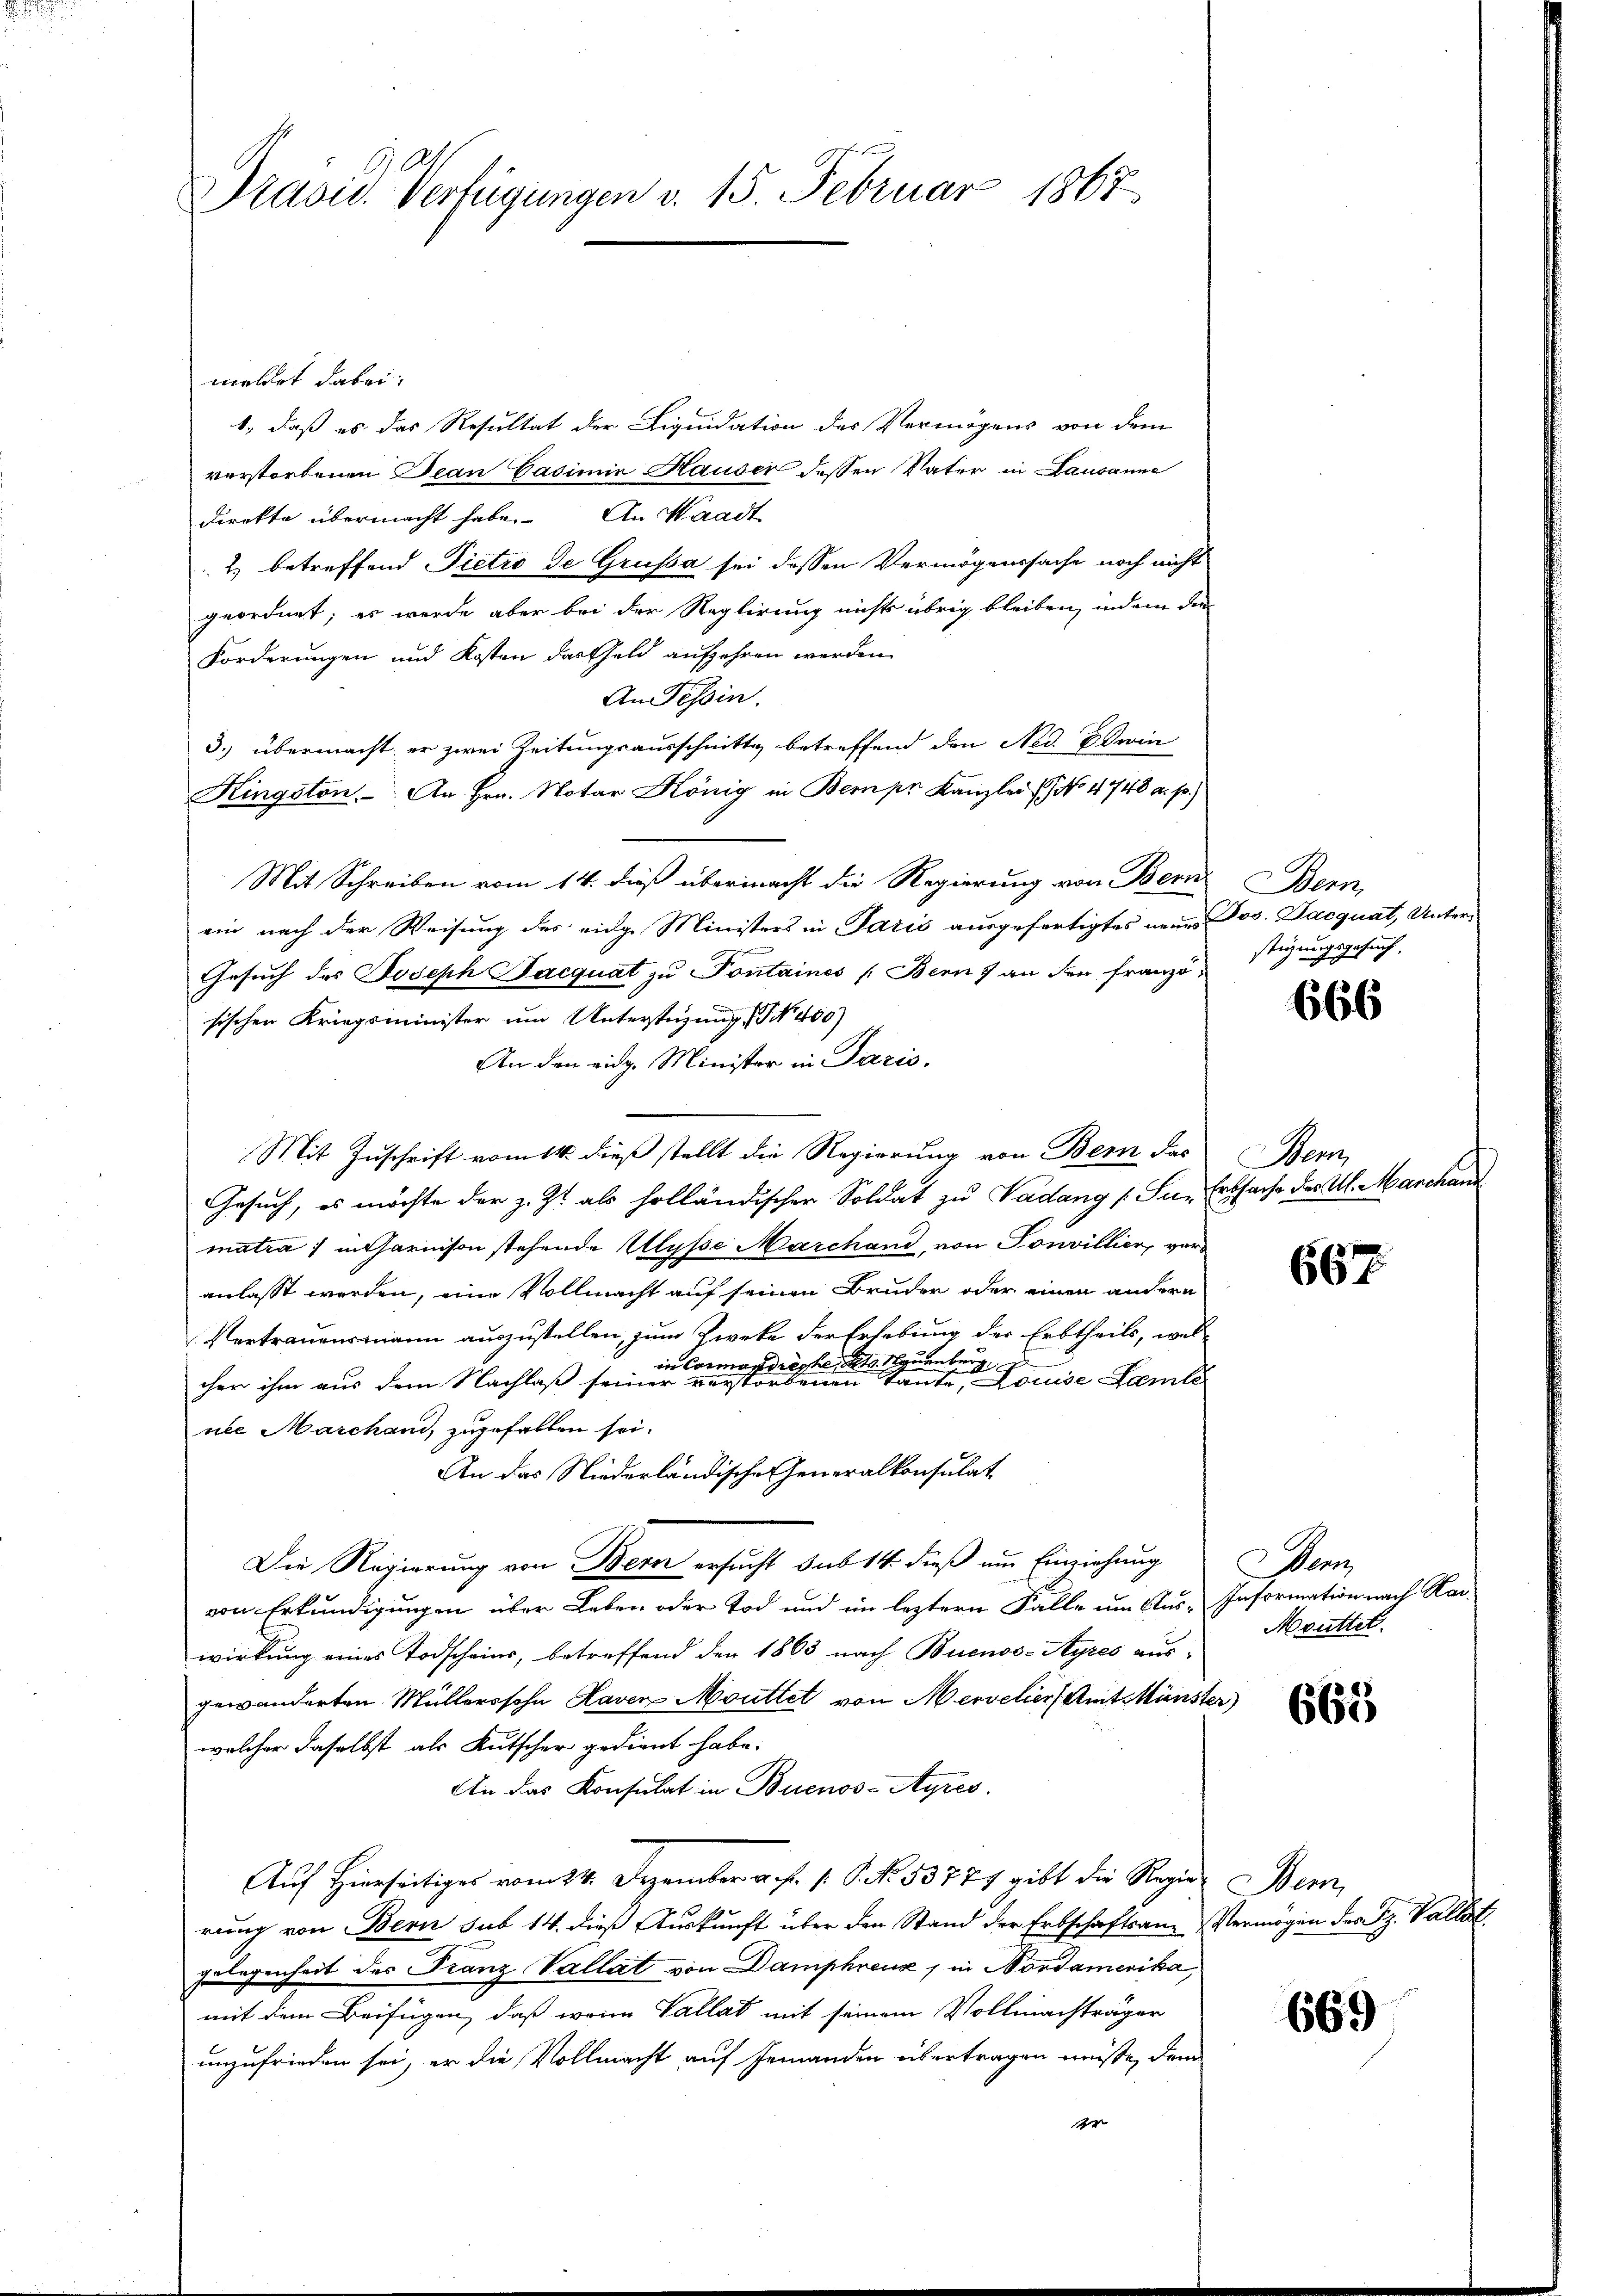
Präsid. Verfügungen v. 15. Februar 1867

meldet dabei:
1., daß es das Resultat der Liquidation des Vermögens von dem
verstorbenen Jean Casimir Hauser dessen Vater in Lausanne
Direkte übermacht habe. An Waadt
2.) betreffend Pietro de Grussa sei dessen Vermögenssache noch nicht
geordnet; es werde aber bei der Reglirung nichts übrig bleiben, indem dar
Forderungen und Kosten das Geld aufzehren werden
An Tessin.
3.) übermacht, er zwei Zeitungsausschnittg betreffend den Ned. Edwin
Kingston. An Hrn. Notar König in Bern pr. Kanzlei No 4748 a. p.)
Mit Schreiben vom 14. dieß übermacht die Regierung von Bern
ein nach der Weisung des eidge Ministers in Paris ausgefertigtes neuen Jos. Jacquat, Unter¬
Gesuch des Joseph Jacquat zu Pontaines (Bern & an den französischen Kriegsminister um Unterstüzung Nr. 460)
An den eidg. Minister in Paris.
Mit Zuschrift vom 14. dieß stellt die Regierung von Bern das Bern,
Gesuch, es möchte der z. Zt. als holländischen Soldat zu Vadung (: Se. Erbsache des Al. Marchand
matra) in Garnison stehende Ulysse Marchand, von Sonvillier, voranlasst werden, eine Vollmacht auf seinen Bruder oder einen andern
Vertrauensmann auszustellen, zum Zwecke der Erhebung der Erbtheils, wel
in Cormondreche stets Neuenburg
cher ihm aus dem Nachlaß seiner verstorbenen Tante, Louise Samle
nie Marchand, zugefallen sei.
An das Niederländische Generalkonsulat
Die Regierung von Bern ersucht sub 14. dieß um Einziehung
von Erkundigungen über Leben oder Tod und im leztern Fälle um Aus-Information nach Har-
wirkung eines Todscheins, betreffend den 1863 nach Buenos-Ayres aus-
gewänderten Müllerssohn Haven Mouttet von Merveliers Amit Münster)
welcher daselbst als Kutscher gedient habe.
An das Konsulat in Buenos-Ayres.
Auf Hierseitiges vom 24. Dezember a. f. 1. P. No. 53774 gibt die Regier Bern,
rung von Bern sub 14. diese Auskunft über den Stand der Erbschaftsame Vermögen der F. Vallelgelegenheit des Franz Vallat von Damphreus, in Nordamerika,
mit dem Beifügen, daß wenn Vallat mit seinem Vollmachträger
unzufrieden sei, er die Vollmacht auf Jemanden übertragen müsse, dem
4

Bern,
stigungsgesuch,

666

667

e
Moüttet.

663

669